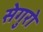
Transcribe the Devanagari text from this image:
सेगुरो